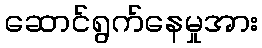
ဆောင်ရွက်နေမှုအား